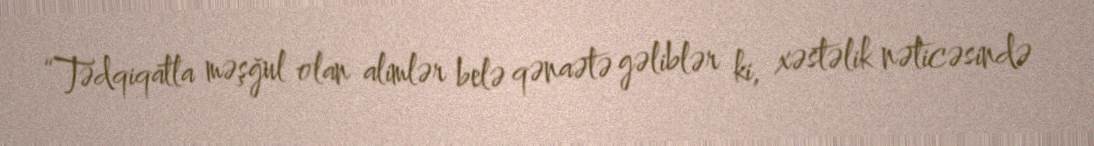
“Tədqiqatla məşğul olan alimlər belə qənaətə gəliblər ki, xəstəlik nəticəsində